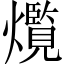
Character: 𤑸